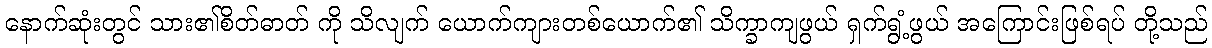
နောက်ဆုံးတွင် သား၏စိတ်ဓာတ် ကို သိလျက် ယောက်ကျားတစ်ယောက်၏ သိက္ခာကျဖွယ် ရှက်ရွံ့ဖွယ် အကြောင်းဖြစ်ရပ် တို့သည်